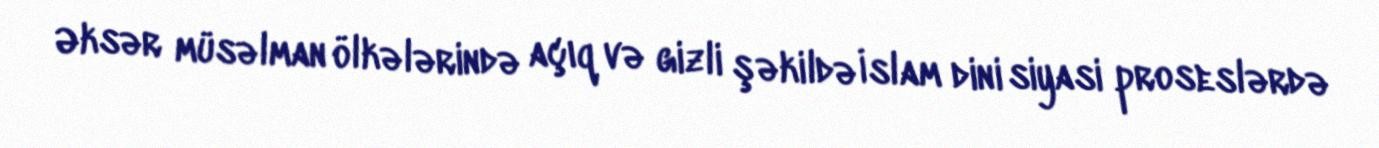
Əksər müsəlman ölkələrində açıq və gizli şəkildə İslam dini siyasi proseslərdə